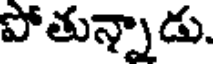
పోతున్నాడు.